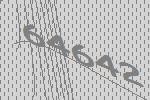
64642